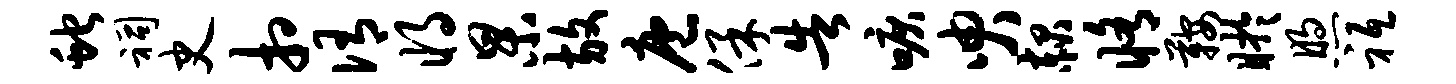
蛇祠史相侑将杲放庖保告唳臾赧修鞍盱煦祗